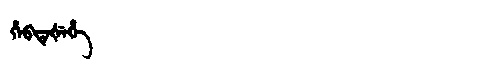
Manchu: ᡥᡝᠪᡨᡝᡧᡝᡥᡝ
Romanization: HEBTEŠEHE